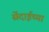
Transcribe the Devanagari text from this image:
सेंदाईच्या